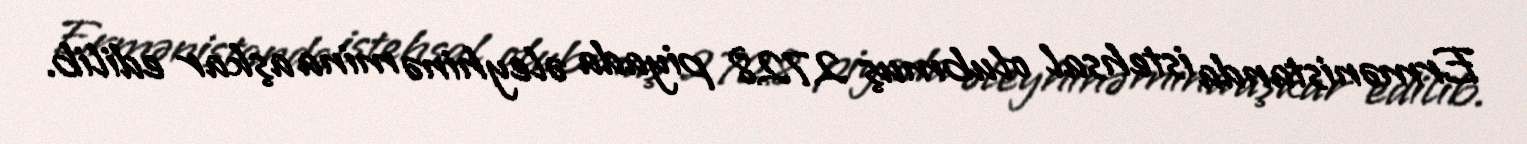
Ermənistanda istehsal olubmuş 2728 piyada əleyhinə mina aşkar edilib.